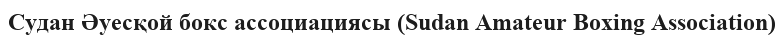
Судан Әуесқой бокс ассоциациясы (Sudan Amateur Boxing Association)